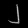
Digit: ၂